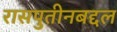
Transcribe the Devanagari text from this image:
रासपुतीनबद्दल